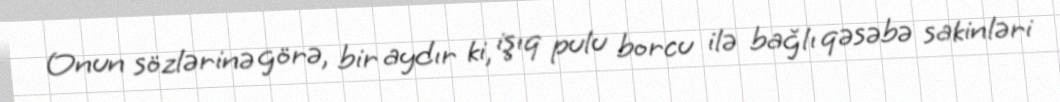
Onun sözlərinə görə, bir aydır ki, işıq pulu borcu ilə bağlı qəsəbə sakinləri